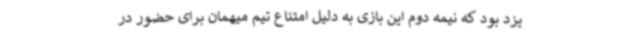
یزد بود که نیمه دوم این بازی به دلیل امتناع تیم میهمان برای حضور در